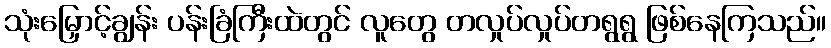
သုံးမြှောင့်ချွန်း ပန်းခြံကြီးထဲတွင် လူတွေ တလှုပ်လှုပ်တရွရွ ဖြစ်နေကြသည်။